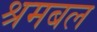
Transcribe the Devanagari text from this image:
श्रमबल